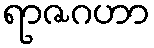
ရာဇဂဟာ